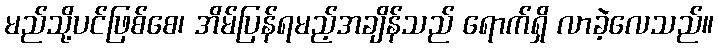
မည်သို့ပင်ဖြစ်စေ၊ အိမ်ပြန်ရမည့်အချိန်သည် ရောက်ရှိ လာခဲ့လေသည်။